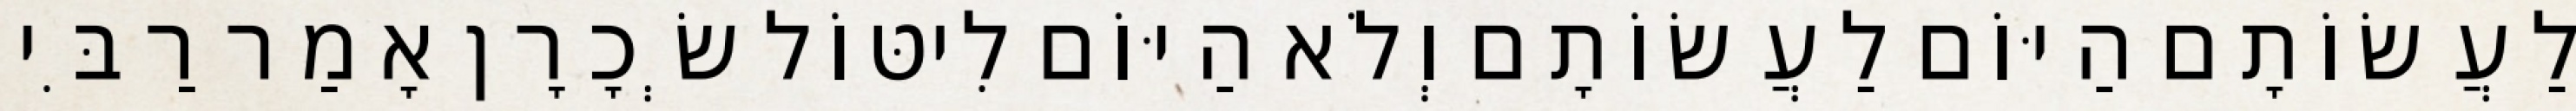
לַעֲשׂוֹתָם הַיּוֹם לַעֲשׂוֹתָם וְלֹא הַיּוֹם לִיטּוֹל שְׂכָרָן אָמַר רַבִּי